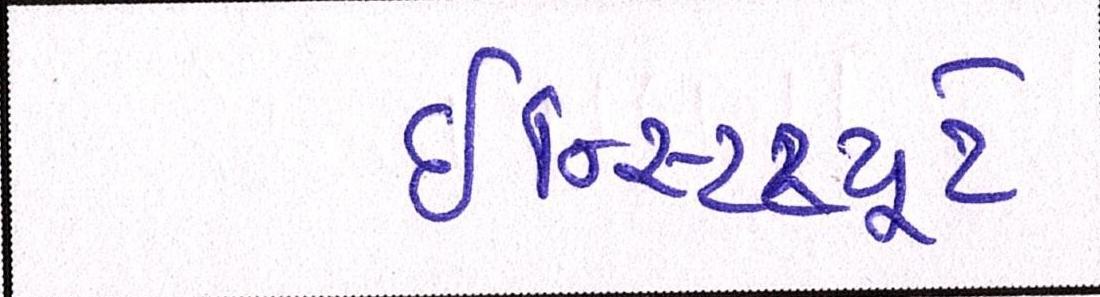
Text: ઇન્સ્ટિટ્યૂટે